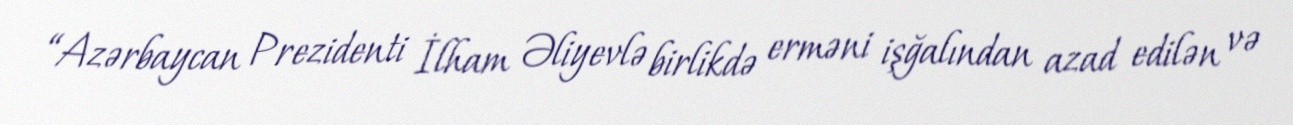
“Azərbaycan Prezidenti İlham Əliyevlə birlikdə erməni işğalından azad edilən və